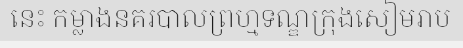
នេះ កម្លាងនគរបាលព្រហ្មទណ្ឌក្រុងសៀមរាប